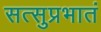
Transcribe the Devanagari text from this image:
सत्सुप्रभातं